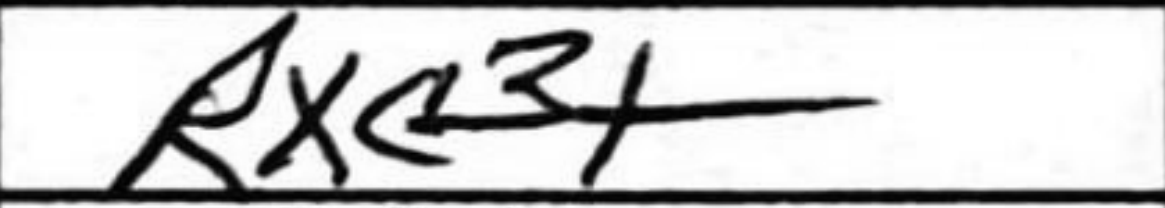
Transcription: Rxc3+